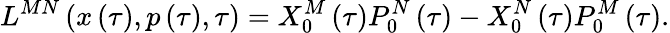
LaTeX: L^{MN}\left(x\left(\tau\right),p\left(\tau\right),\tau\right)=X_{0}^{M}\left(\tau\right)P_{0}^{N}\left(\tau\right)-X_{0}^{N}\left(\tau\right)P_{0}^{M}\left(\tau\right).